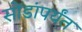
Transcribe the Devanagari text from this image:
सोंडांपर्यंत